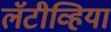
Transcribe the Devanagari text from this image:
लॅटीव्हिया